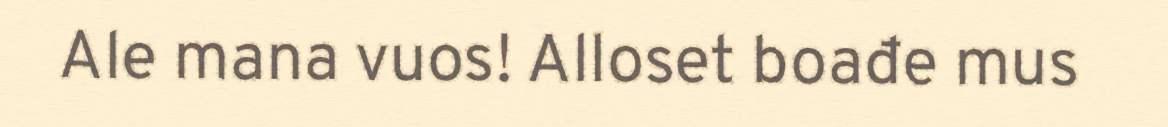
Ale mana vuos! Alloset boađe mus